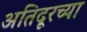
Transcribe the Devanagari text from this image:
अतिदूरच्या